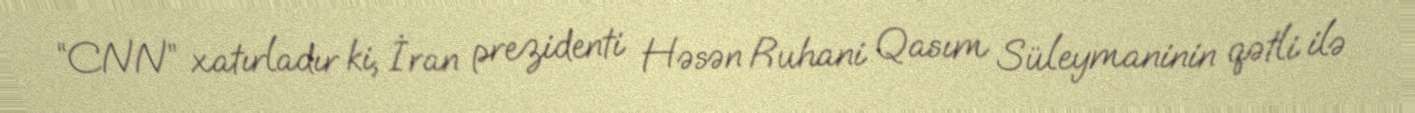
“CNN” xatırladır ki, İran prezidenti Həsən Ruhani Qasım Süleymaninin qətli ilə